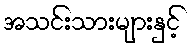
အသင်းသားများနှင့်